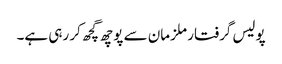
پولیس گرفتار ملزمان سے پوچھ گچھ کر رہی ہے۔